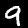
Label: 9